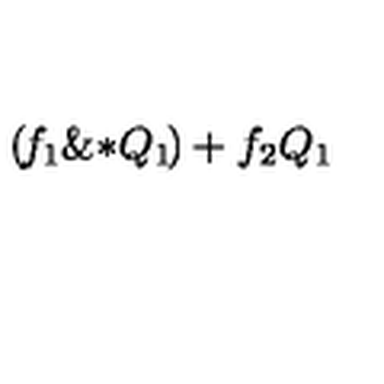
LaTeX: \left( \! { { f } _ { 1 } } \mathrm { \& * } { { Q } _ { 1 } } \! \right) + { { f } _ { 2 } } { { Q } _ { 1 } }